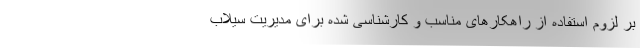
بر لزوم استفاده از راهکارهای مناسب و کارشناسی شده برای مدیریت سیلاب